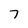
Character: 7